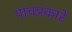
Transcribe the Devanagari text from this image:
यांचप्रकारे